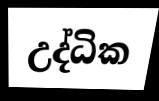
උද්ධික